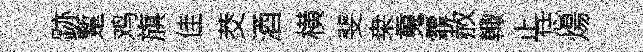
跡蹔鸡旗佳茭酒横斐桒䰟霏赦輙止恁煬